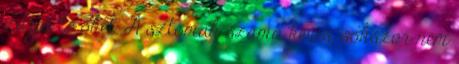
zárja le őket. A sztómák száma kevés, sokszor nem